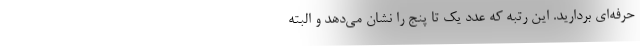
حرفه‌ای بردارید. این رتبه که عدد یک تا پنج را نشان می‌دهد و البته